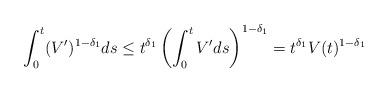
LaTeX: \begin{align*}\int_0^t (V')^{1-\delta_1} ds &\leq t^{\delta_1}\left(\int_0^t V' ds\right)^{1-\delta_1}=t^{\delta_1} V(t)^{1-\delta_1}\end{align*}